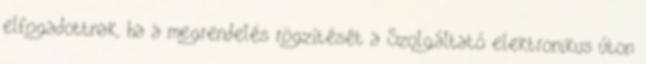
elfogadottnak, ha a megrendelés rögzítését a Szolgáltató elektronikus úton